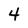
Character: 4